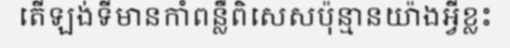
តើឡង់ទីមានកាំពន្លឺពិសេសប៉ុន្មានយ៉ាងអ្វីខ្លះ